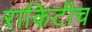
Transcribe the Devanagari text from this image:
राकिटीच